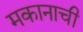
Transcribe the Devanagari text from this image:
मकानाची